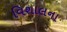
વિશાલના